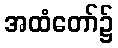
အထံတော်၌